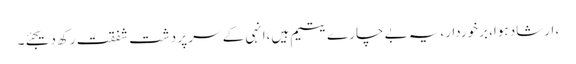
، ارشاد ہوا، برخوردار،یہ بے چارے یتیم ہیں،انہی کے سر پر دشت شفقت رکھ دیجئے۔